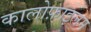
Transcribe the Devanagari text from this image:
कालोफ़ाइलम